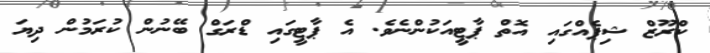
ކްރޫޒް ޝިޕެއްގައި އޮތް ޕާޓީއަކުންނެވެ. އެ ޕާޓީގައި ޑްރަގް ބޭނުން ކުރަމުން ދިޔަ